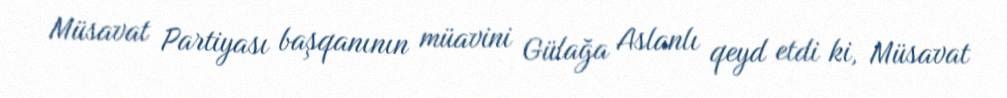
Müsavat Partiyası başqanının müavini Gülağa Aslanlı qeyd etdi ki, Müsavat